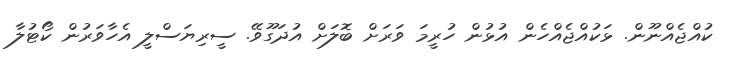
ކުއްޖެއްނޫން. ޅަކުއްޖެއްހެން އުޅުން ހުރީމަ ވަރަށް ބޮލަށް އުދަގޫވޭ. ސީރިޔަސްލީ އެހާވަރުން ކޯޓުލާ